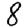
Digit: 8